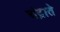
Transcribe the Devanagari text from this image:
चंद्राते